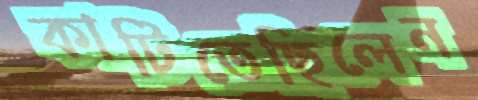
কাটিতেছিলেন